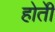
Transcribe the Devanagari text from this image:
होतेी